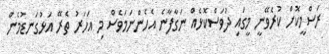
ރަސްމީކޮށް ކުރެވޭނީ މީގައި ދުވަސްކޮޅެއް ނަގާފާނެ އެހެންނަމަވެސް މި އަހަރު ތެރޭ އަޅުގަނޑުމެން